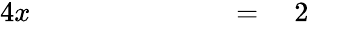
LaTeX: \begin{array}{rlrlrlrl}{{4}x}&{{}\quad}&{}&{{}\quad}&{}&{{}{}={}}&{2}&{{}}\end{array}